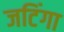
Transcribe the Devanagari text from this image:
जटिंगा